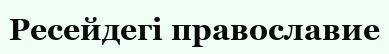
Ресейдегі православие